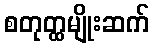
စတုတ္ထမျိုးဆက်